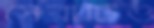
সেরাটিও